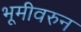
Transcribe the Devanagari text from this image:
भूमीवरुन